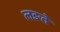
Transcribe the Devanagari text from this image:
लङते